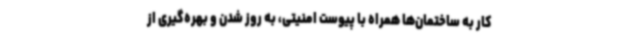
کار به ساختمان‌ها همراه با پیوست امنیتی، به روز شدن و بهره‌گیری از